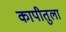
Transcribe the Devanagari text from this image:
कापीतुला